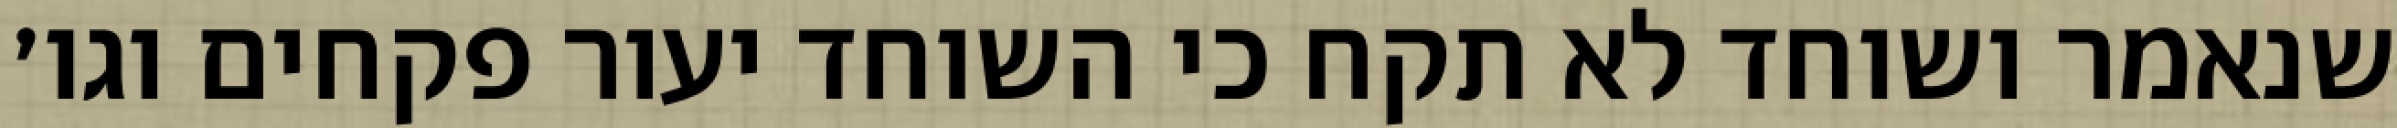
שנאמר ושוחד לא תקח כי השוחד יעור פקחים וגו׳